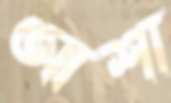
আশা